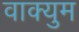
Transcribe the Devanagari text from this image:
वाक्युम